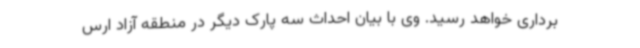
برداری خواهد رسید. وی با بیان احداث سه پارک دیگر در منطقه آزاد ارس